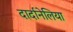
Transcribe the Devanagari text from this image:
दार्दानेलिया